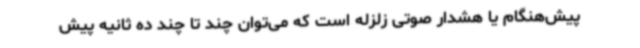
پیش‌هنگام یا هشدار صوتی زلزله است که می‌توان چند تا چند ده ثانیه پیش